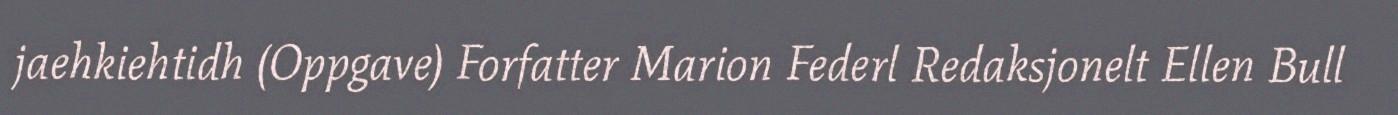
jaehkiehtidh (Oppgave) Forfatter Marion Federl Redaksjonelt Ellen Bull